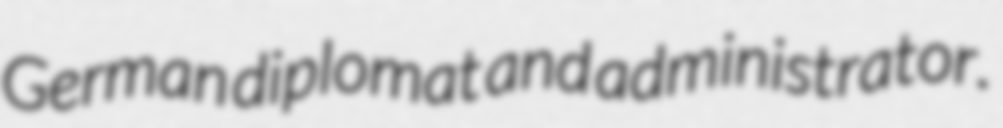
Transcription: German diplomat and administrator.